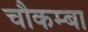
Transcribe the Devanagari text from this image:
चौकम्‍बा